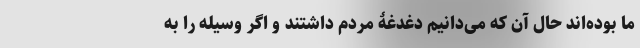
ما بوده‌اند حال آن که می‌دانیم دغدغۀ مردم داشتند و اگر وسیله را به